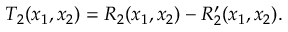
T _ { 2 } ( x _ { 1 } , x _ { 2 } ) = R _ { 2 } ( x _ { 1 } , x _ { 2 } ) - R _ { 2 } ^ { \prime } ( x _ { 1 } , x _ { 2 } ) .